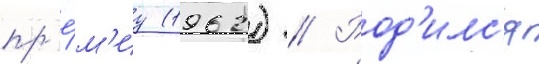
пр'е́м'иу (1962) // Род'илс'я